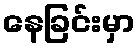
နေခြင်းမှာ